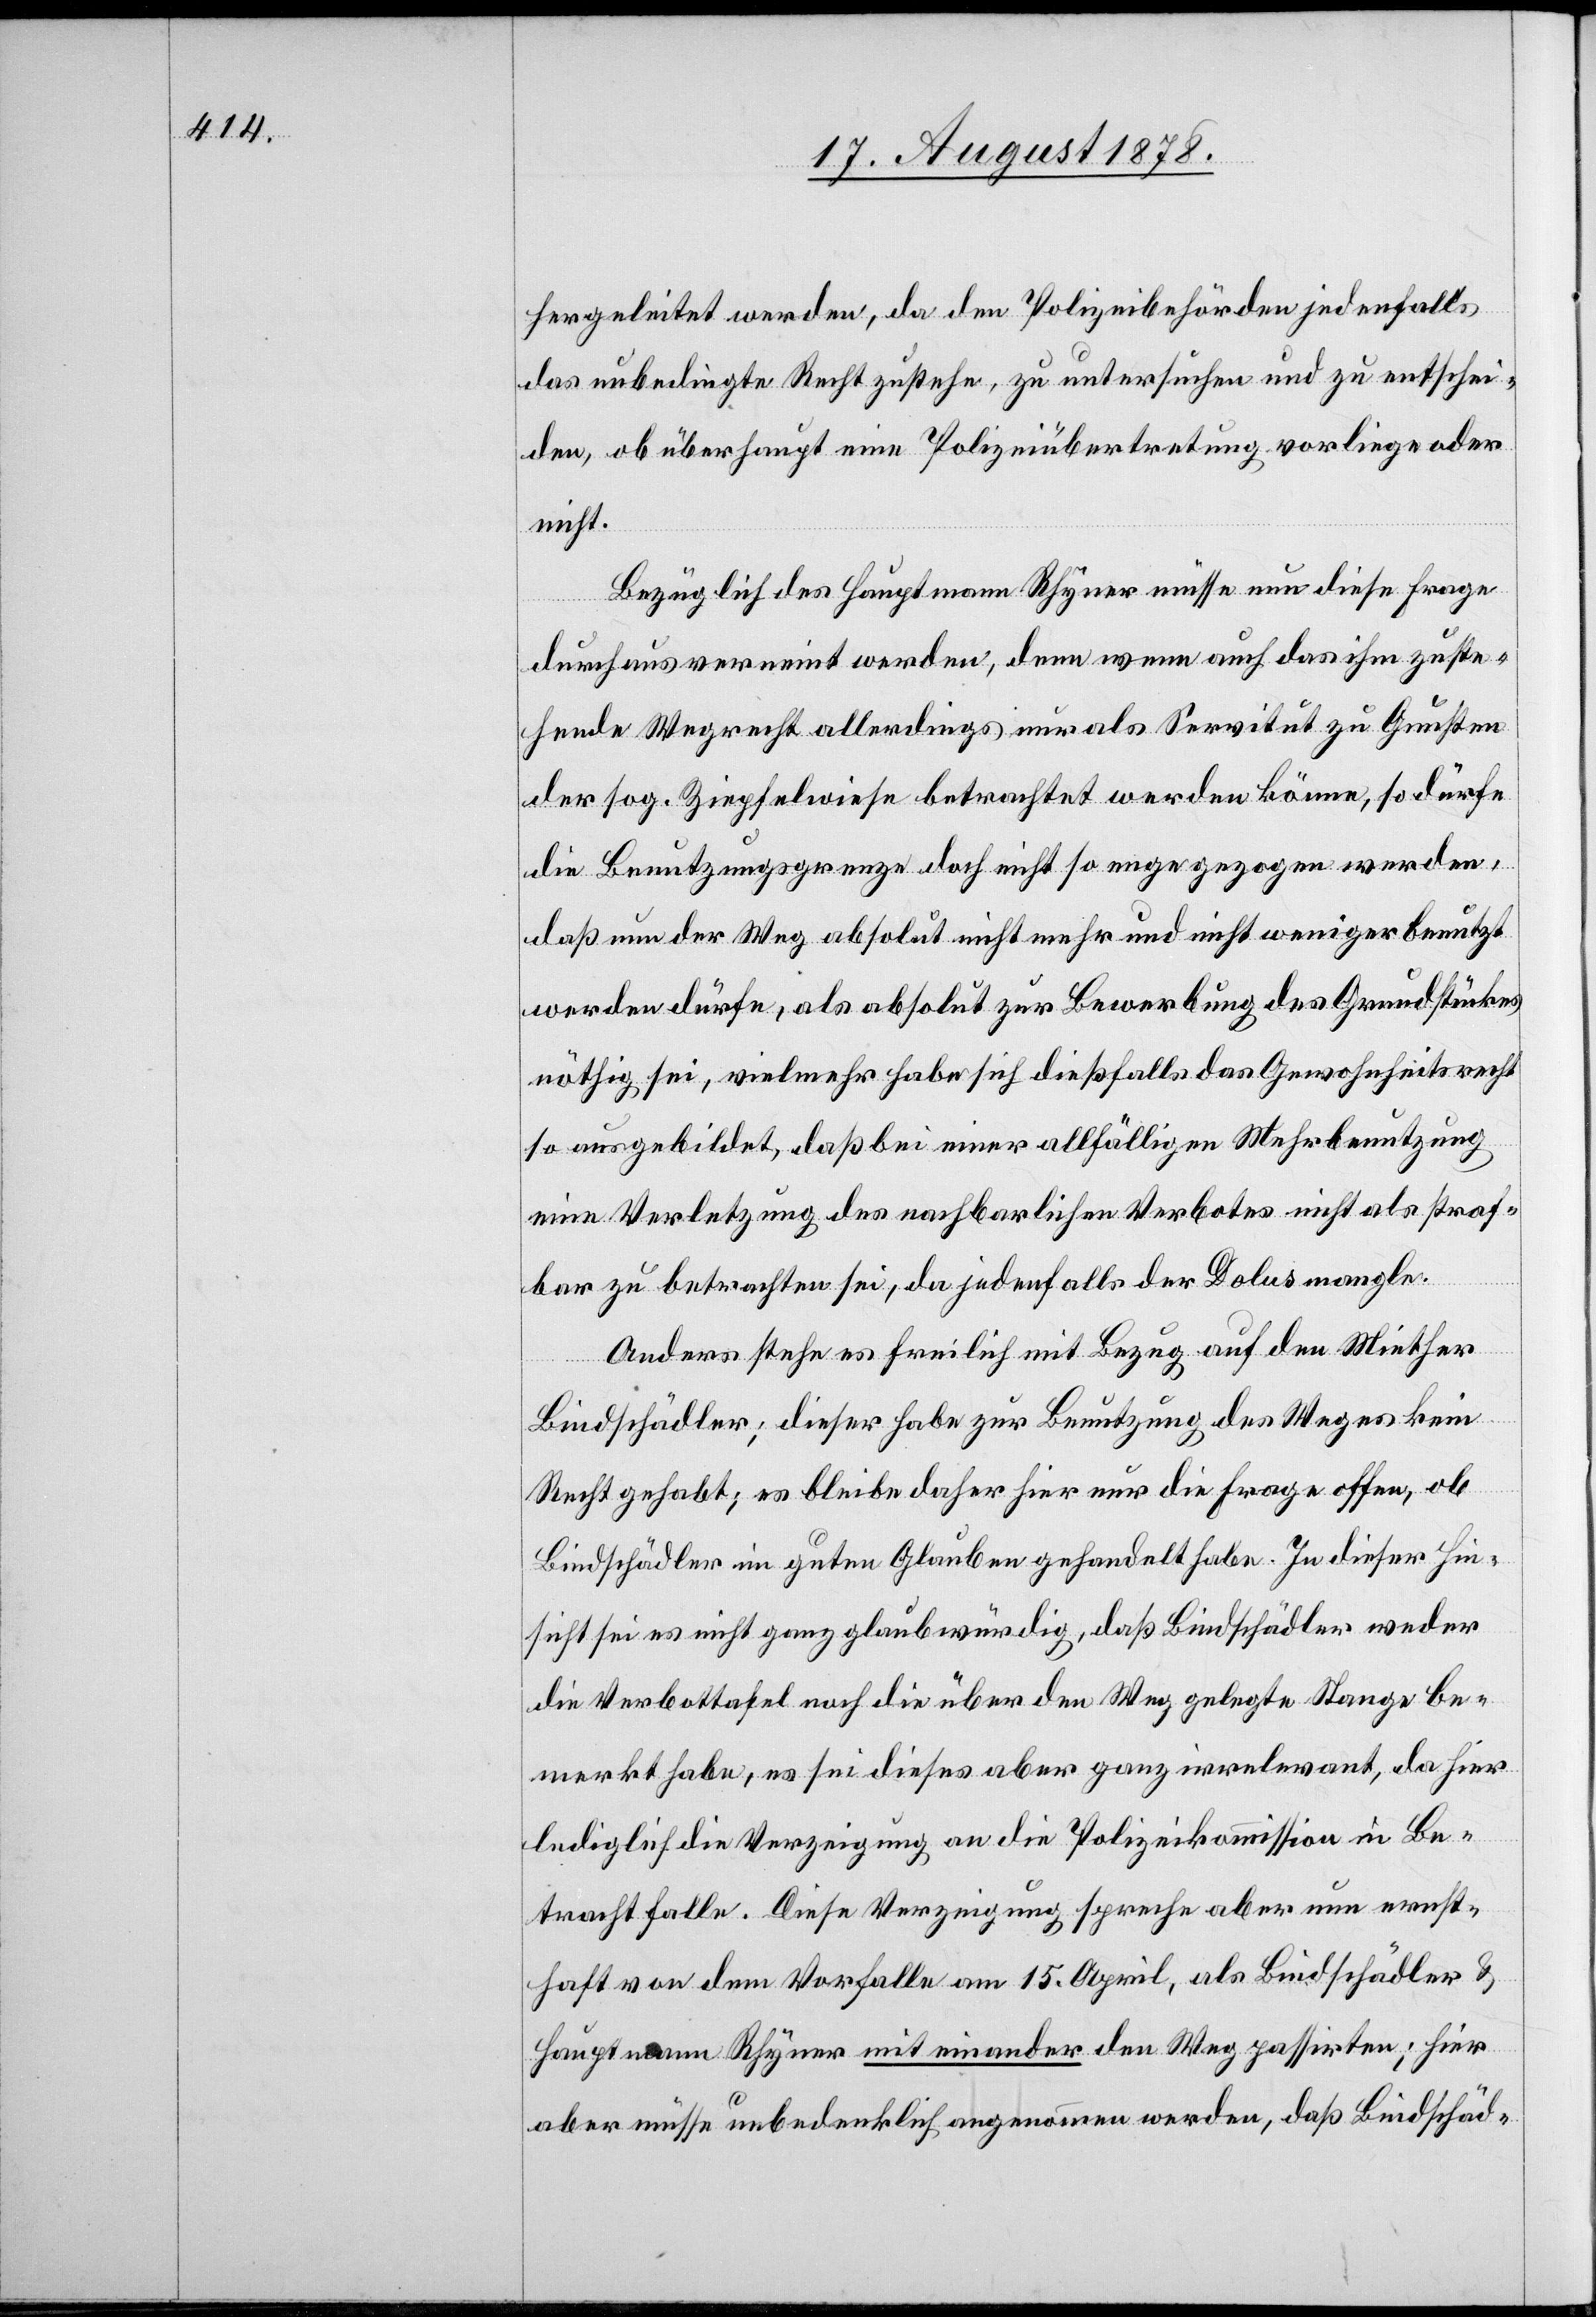
hergeleitet werden, da den Polizeibehörden jedenfalls
das unbedingte Recht zustehe, zu untersuchen und zu entschei¬
den, ob überhaupt eine Polizeiübertretung vorliege oder
nicht.
Bezüglich des Hauptmann Rhyner müsse nun diese Frage
durchaus verneint werden, denn wenn auch das ihm zuste¬
hende Wegrecht allerdings nur als Servitut zu Gunsten
der sog. Ziepfelwiese betrachtet werden könne, so dürfe
die Benutzungsgrenze doch nicht so enge gezogen werden,
daß nun der Weg absolut nicht mehr und nicht weniger benutzt
werden dürfe, als absolut zur Bewerbung des Grundstückes
nöthig sei, vielmehr habe sich dießfalls das Gewohnheitsrecht
so ausgebildet, daß bei einer allfälligen Mehrbenutzung
eine Verletzung des nachbarlichen Verbotes nicht als straf¬
bar zu betrachten sei, da jedenfalls der Dolus mangle.
Anders stehe es freilich mit Bezug auf den Miether
Bindschädler; dieser habe zur Benutzung des Weges kein
Recht gehabt; es bleibe daher hier nur die Frage offen, ob
Bindschädler in guten Glauben gehandelt habe. In dieser Hin¬
sicht sei es nicht ganz glaubwürdig, daß Bindschädler weder
die Verbottafel noch die über den Weg gelegte Stange be¬
merkt habe, es sei dieses aber ganz irrelevant, da hier
lediglich die Verzeigung an die Polizeikommission in Be¬
tracht falle. Diese Verzeigung spreche aber nun ernst¬
haft von dem Vorfalle am 15. April, als Bindschädler &
Hauptmann Rhyner mit einander den Weg passirten; hier
aber müsse unbedenklich angenommen werden, daß Bindschäd-